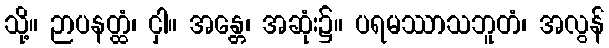
သို့။ ဉာပနတ္ထံ၊ ငှါ။ အန္တေ၊ အဆုံး၌။ ပရမဿာသဘူတံ၊ အလွန်